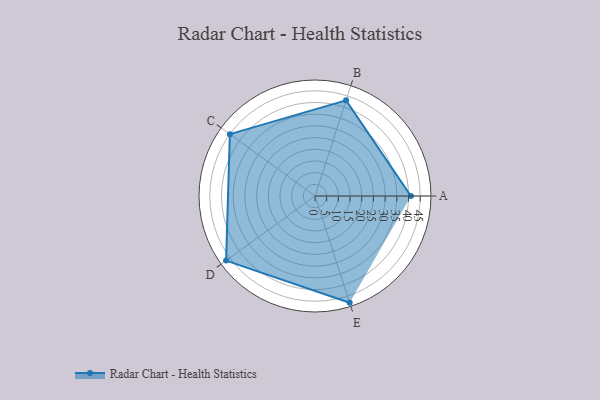
{"axis": {"x": "Skill", "y": "Score"}, "legend": ["Profile"], "data": [{"x": "A", "y": 41.0, "type": "Profile"}, {"x": "B", "y": 43.0, "type": "Profile"}, {"x": "C", "y": 45.0, "type": "Profile"}, {"x": "D", "y": 47.0, "type": "Profile"}, {"x": "E", "y": 48.0, "type": "Profile"}]}